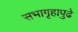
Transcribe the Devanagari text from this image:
सभागृहापुढे